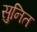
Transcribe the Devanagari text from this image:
सुनित